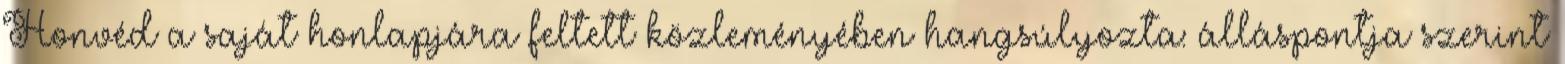
Honvéd a saját honlapjára feltett közleményében hangsúlyozta: álláspontja szerint